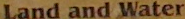
Land and Water